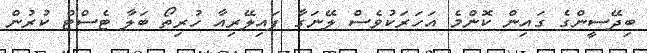
ބިދޭސީންގެ ގައިން ކޮންމެ އަހަރަކުވެސް ލޭނަގާ ފައިލޭރިއާ ހުރިތޯ ބަލާ ޓެސްޓް ކުރުން